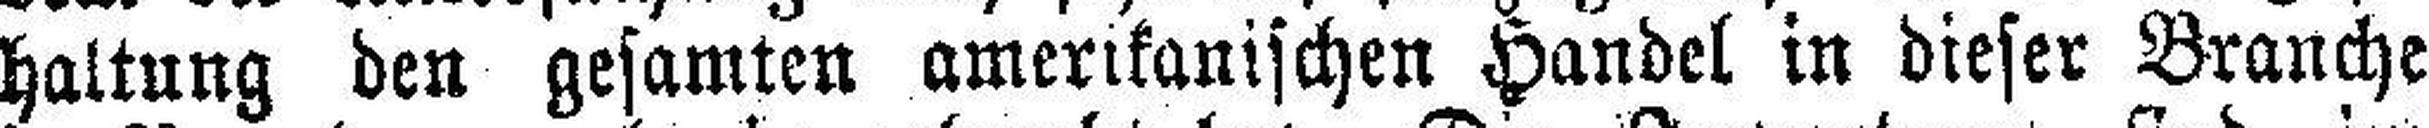
haltung den gesamten amerikanischen Handel in dieser Branche